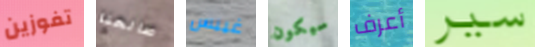
تفوزين صالحنا غيبس سيكون أعرف سير